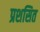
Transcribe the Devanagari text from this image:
प्रशसित